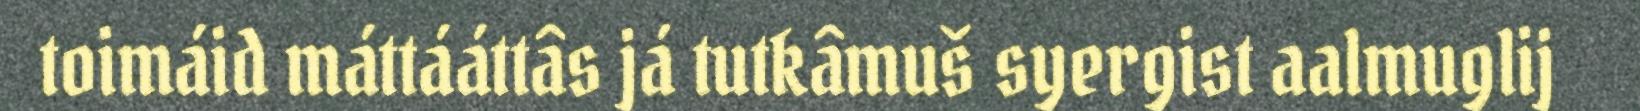
toimáid máttááttâs já tutkâmuš syergist aalmuglij